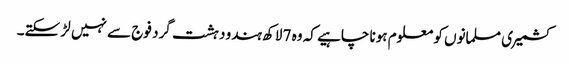
کشمیری مسلمانوں کو معلوم ہونا چاہیے کہ وہ 7 لاکھ ہندو دہشت گرد فوج سے نہیں لڑ سکتے۔